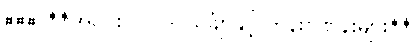
### **အပိုင်း (၂) - သင်္ချာနှင့် ကိန်းဂဏန်းများ**